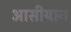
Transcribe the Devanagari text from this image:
आसीयान